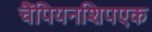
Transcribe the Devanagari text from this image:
चैंपियनशिपएक